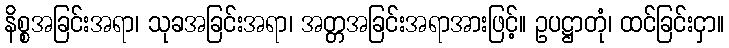
နိစ္စအခြင်းအရာ၊ သုခအခြင်းအရာ၊ အတ္တအခြင်းအရာအားဖြင့်။ ဥပဋ္ဌာတုံ၊ ထင်ခြင်းငှာ။